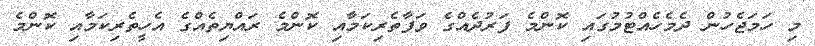
މި ހަމަޖެހުން ދެމެހެއްޓުމުގައި ކޮންމެ ފަރުދެއްގެ ވަފާތެރިކަމާއި ކޮންމެ ރައްޔިތެއްގެ އެހީތެރިކަމާއި ކޮންމެ